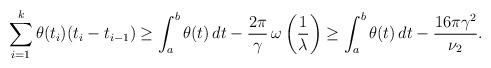
LaTeX: \begin{align*}\sum_{i=1}^{k}\theta(t_{i})(t_{i}-t_{i-1})\geq\int_{a}^{b}\theta(t)\,dt-\frac{2\pi}{\gamma}\,\omega\left(\frac{1}{\lambda}\right)\geq\int_{a}^{b}\theta(t)\,dt-\frac{16\pi\gamma^{2}}{\nu_{2}}.\end{align*}